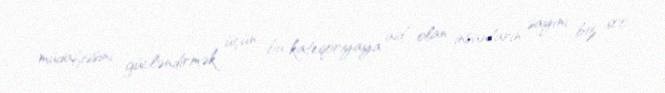
müdafiəsini gücləndirmək üçün bu kateqoriyaya aid olan insanların sayını biz 600